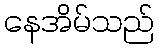
နေအိမ်သည်